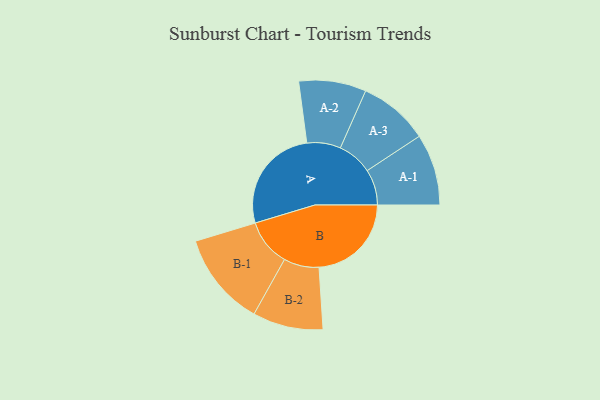
{"axis": {"x": "Segment", "y": "Value"}, "legend": ["", "A", "B"], "data": [{"x": "A", "y": 413, "type": ""}, {"x": "B", "y": 359, "type": ""}, {"x": "A-1", "y": 139, "type": "A"}, {"x": "A-2", "y": 131, "type": "A"}, {"x": "A-3", "y": 136, "type": "A"}, {"x": "B-1", "y": 183, "type": "B"}, {"x": "B-2", "y": 137, "type": "B"}]}